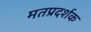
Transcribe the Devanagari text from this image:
मतप्रदर्शक